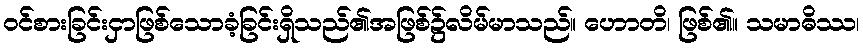
ဝင်စားခြင်းငှာဖြစ်သောခံ့ခြင်းရှိသည်၏အဖြစ်၌လိမ်မာသည်။ ဟောတိ၊ ဖြစ်၏။ သမာဓိဿ၊